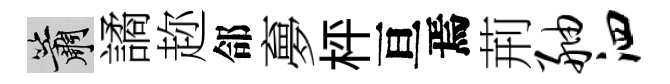
簫譎趂郃夣枰亘焉荊舳泗